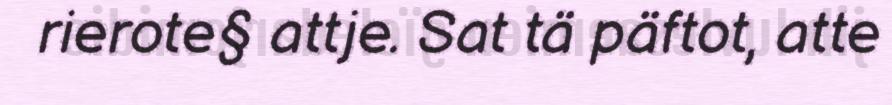
rierote§ attje. Sat tä päftot, atte